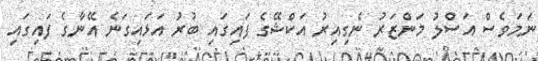
ނަމަވެސް އަސްލު މަންޒަރު ނެގިއިރު އަކްޝޭގެ ފައިގައި ބުރު އަޅައިގަނެ އޭނާގެ ފައިގައި